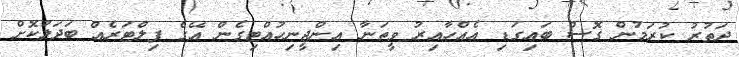
ދަތުރު ކުރަމުން ގޮސް ބައިގަޑި އެއްހާއިރު ވީތަނާ އިންޖީނިހުއްޓިގެން އޭގެ ފިލްޓަރެއް ބަދަލުކޮށް